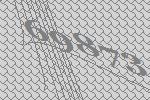
69873